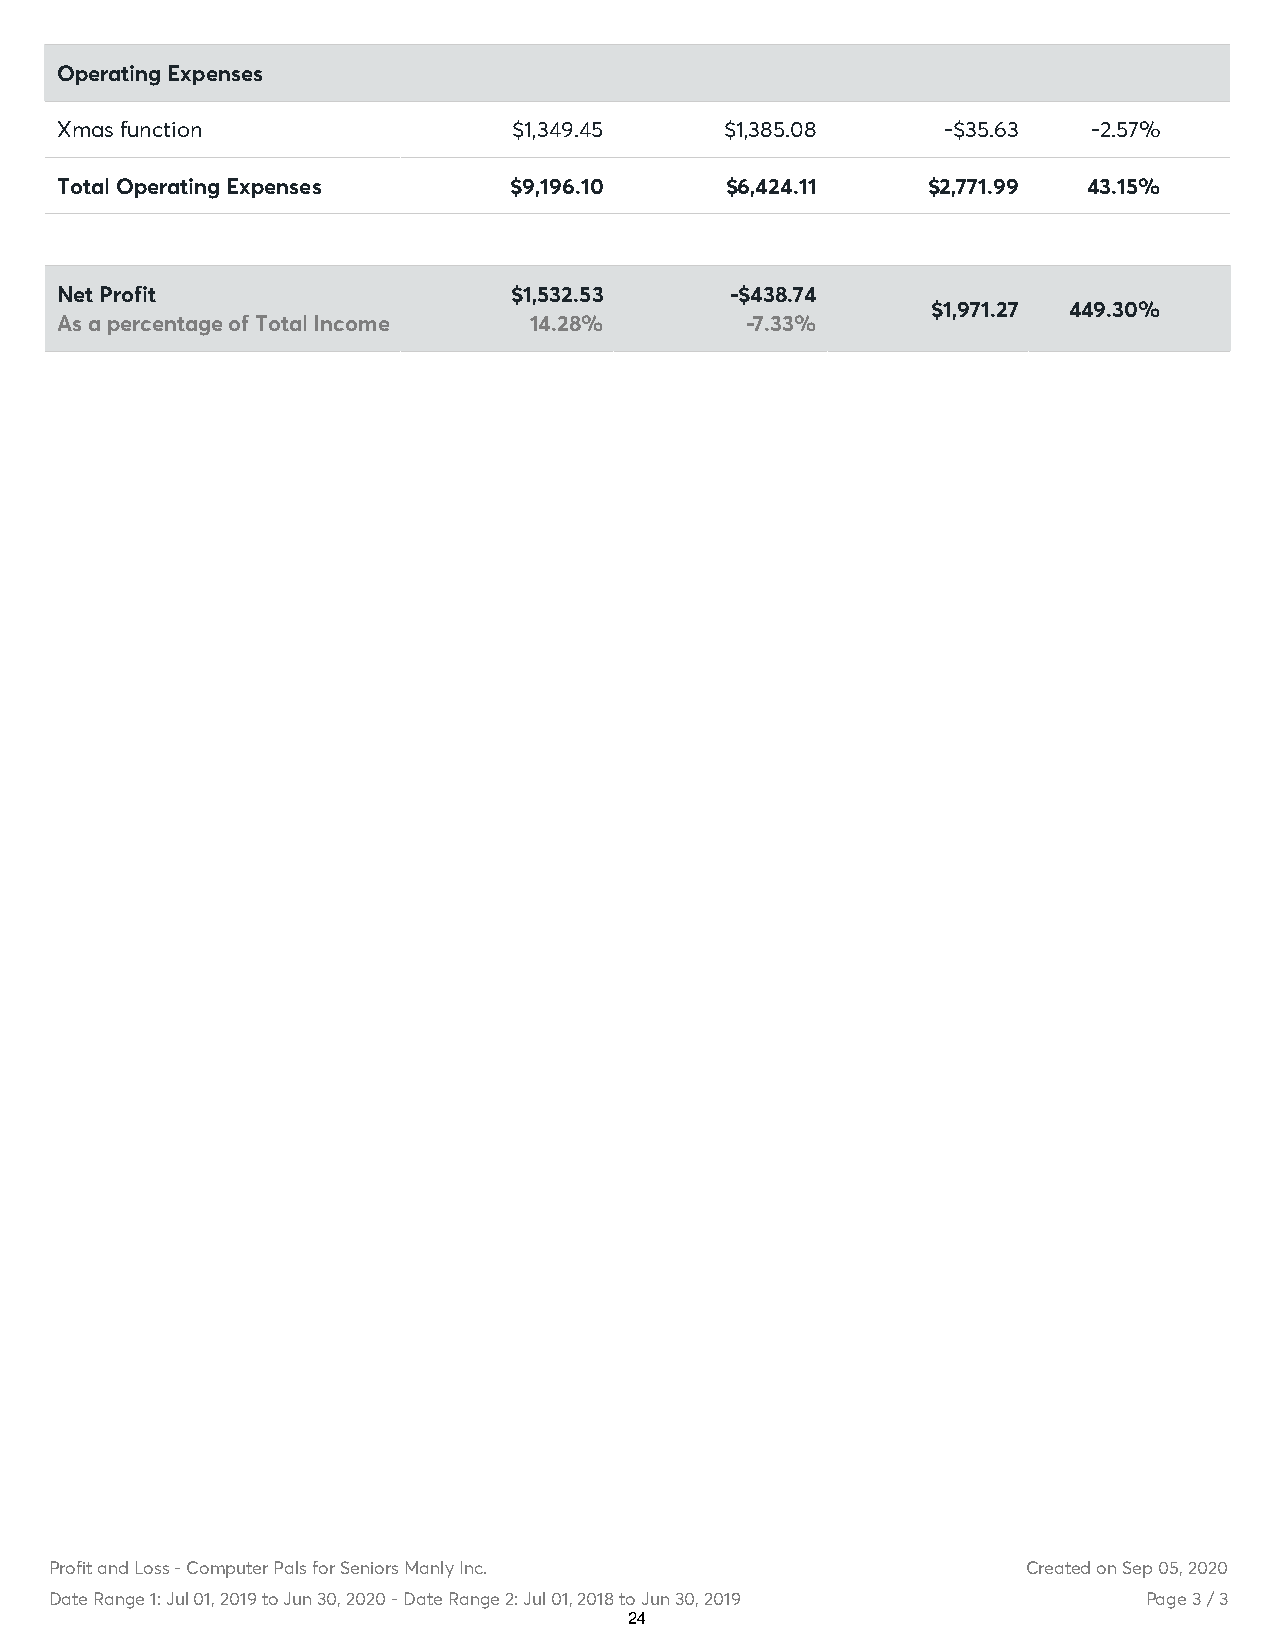
Operating Expenses
 Xmas function                 $1,349.45     $1,385.08     -$35.63   -2.57%
 Total Operating Expenses      $9,196.10     $6,424.11    $2,771.99  43.15%
 Net Profit                    $1,532.53     -$438.74
 $1,971.27 449.30%
 As a percentage of Total Income 14.28%       -7.33%
 Profit and Loss - Computer Pals for Seniors Manly Inc.           Created on Sep 05, 2020
 Date Range 1: Jul 01, 2019 to Jun 30, 2020 - Date Range 2: Jul 01, 2018 to Jun 30, 2019 Page 3 / 3
 24